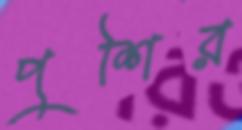
পুশির